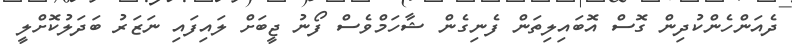
ދެއަންހެންކުދިން ގޮސް އޮބައިލިތަން ފެނިގެން ޝާހަމްވެސް ފޯނު ޖީބަށް ލައިފައި ނަޒަރު ބަދަލުކޮށްލީ